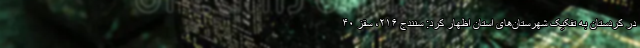
در کردستان به تفکیک شهرستان‌های استان اظهار کرد: سنندج ۲۱۶، سقز ۴۰